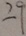
2 9